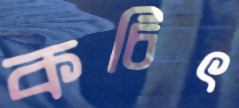
কচিৎ